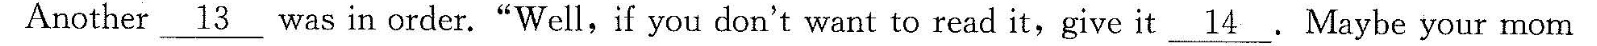
Another\underline{13} was in order.“Well,if you don’t want to read it,give it \underline{14}Maybe your mom